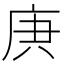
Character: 𢈏